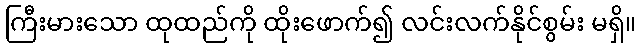
ကြီးမားသော ထုထည်ကို ထိုးဖောက်၍ လင်းလက်နိုင်စွမ်း မရှိ။